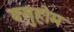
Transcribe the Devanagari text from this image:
वसुहोम